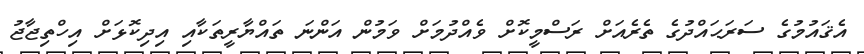
އެޤައުމުގެ ސަރަޙައްދުގެ ތެރެއަށް ރަސްމީކޮށް ވެއްދުމަށް ވަމުން އަންނަ ތައްޔާރީތަކާއި އިދިކޮޅަށް އިހްތިޖާޖު